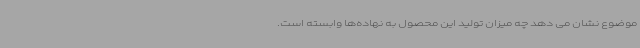
موضوع نشان‌ می دهد چه میزان تولید این محصول به نهاده‌ها وابسته است.